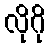
လိုဂို